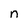
Character: n